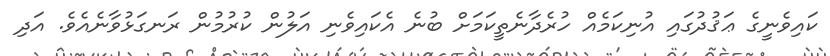
ކައިވެނީގެ ޢަޤުދުގައި އުނިކަމެއް ހުރެދާނެތީކަމަށް ބުނެ އެކައިވެނި އަލުން ކުރުމުން ރަނގަޅުވާނެއެވެ. އަދި